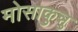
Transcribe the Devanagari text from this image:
मोसाकुन्नु